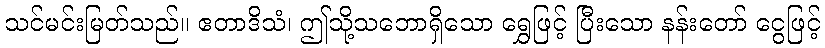
သင်မင်းမြတ်သည်။ ဧတာဒိသံ၊ ဤသို့သဘောရှိသော ရွှေဖြင့် ပြီးသော နန်းတော် ငွေဖြင့်